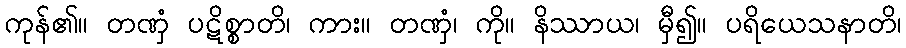
ကုန်၏။ တဏှံ ပဋိစ္စာတိ၊ ကား။ တဏှံ၊ ကို။ နိဿာယ၊ မှီ၍။ ပရိယေသနာတိ၊